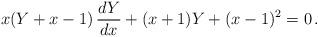
LaTeX: \begin{align*}x(Y+x-1)\,\frac{dY}{dx}+(x+1)Y+(x-1)^{2}=0\,. \end{align*}